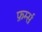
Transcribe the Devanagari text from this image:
फ़र्म्स